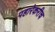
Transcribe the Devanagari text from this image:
पहारेकरीच